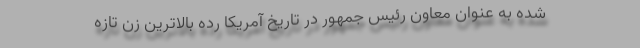
شده به عنوان معاون رئیس جمهور در تاریخ آمریکا رده بالاترین زن تازه